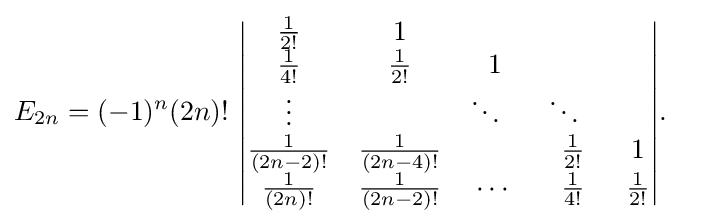
{\begin{aligned}E_{2n}&=(-1)^{n}(2n)!~{\begin{vmatrix}{\frac {1}{2!}}&1&~&~&~\\{\frac {1}{4!}}&{\frac {1}{2!}}&1&~&~\\\vdots &~&\ddots ~~&\ddots ~~&~\\{\frac {1}{(2n-2)!}}&{\frac {1}{(2n-4)!}}&~&{\frac {1}{2!}}&1\\{\frac {1}{(2n)!}}&{\frac {1}{(2n-2)!}}&\cdots &{\frac {1}{4!}}&{\frac {1}{2!}}\end{vmatrix}}.\end{aligned}}